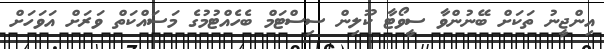
އިންޖީނު ތަކަށް ބޭނުންވާ ސީވޯޓާ ކޫލިން ސިސްޓަމް ބެހެއްޓުމުގެ މަސައްކަތް ވަރަށް އަވަހަށް